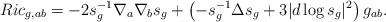
LaTeX: \begin{align*}Ric_{g,ab}=-2s_g^{-1}\nabla_{a}\nabla_{b}s_g+\left(-s_g^{-1}\Delta s_g+3|d\log s_g|^2\right)g_{ab}.\end{align*}